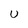
Character: U